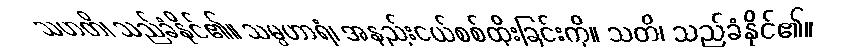
သဟတိ၊ သည်ခံနိုင်၏။ သမ္ပဟာရံ၊ အနည်းငယ်စစ်ထိုးခြင်းကို။ သတိ၊ သည်ခံနိုင်၏။